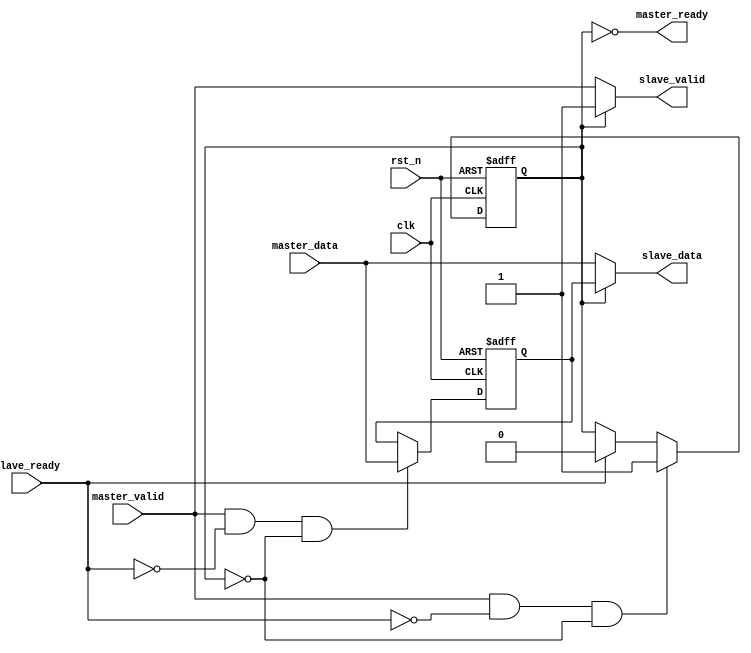
module handshake_pipe_ready_patting (
    input wire clk,
    input wire rst_n,

    input wire master_valid,
    input wire [31:0] master_data,
    output wire master_ready,

    output wire slave_valid,
    output wire [31:0] slave_data,
    input wire slave_ready
    );		
	
	reg valid_reg;
    reg [31:0] data_reg;
    
    assign slave_data = valid_reg ? data_reg : master_data;
    assign slave_valid = valid_reg ? 1'b1 : master_valid; 
    assign master_ready = ~valid_reg;

    always @(posedge clk or negedge rst_n) begin
        if(!rst_n) begin
            valid_reg <= 1'b0;
        end
        else if(master_valid & (~slave_ready) & (!valid_reg)) begin
            valid_reg <= 1'b1;
        end
        else if(slave_ready) begin
            valid_reg <= 1'b0;
        end
    end
    	
    always @(posedge clk or negedge rst_n) begin
        if(!rst_n) begin
            data_reg <= 32'd0;
        end
        else if(master_valid & (!slave_ready) & (!valid_reg))begin
            data_reg <= master_data; 
        end
    end

endmodule